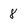
Character: 8